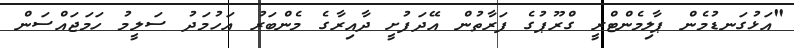
"އަޅުގަނޑުމެން ޕާލިމެންޓްރީ ގްރޫޕުގެ ފަރާތުން އޭދަފުށީ ދާއިރާގެ މެންބަރު އަހުމަދު ސަލީމު ހަމަޖައްސަން